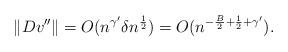
LaTeX: \begin{align*} \| Dv'' \| =O( n^{\gamma'} \delta n^{\frac{1}{2}}) =O( n^{-\frac{B}{2} + \frac{1}{2} +\gamma'}).\end{align*}